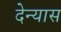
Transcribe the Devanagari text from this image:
देन्यास